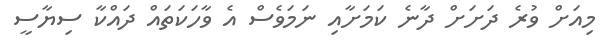
މިއަށް ވުރެ ދަށަށް ދާނެ ކަމަށާއި ނަމަވެސް އެ ވާހަކަތައް ދައްކާ ސިޔާސީ